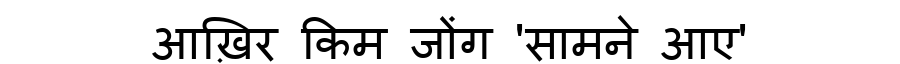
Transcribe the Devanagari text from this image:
आख़िर किम जोंग 'सामने आए'